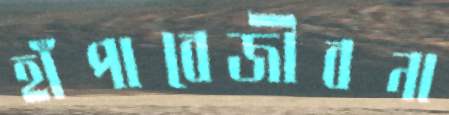
হাঁপাবেজীবনা